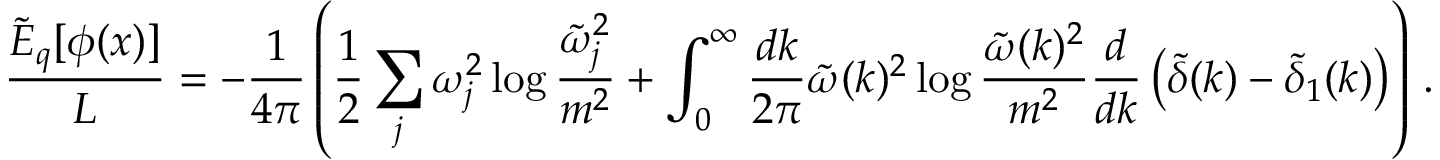
\frac { \tilde { \cal E } _ { q } [ \phi ( x ) ] } { L } = - \frac { 1 } { 4 \pi } \left( \frac { 1 } { 2 } \sum _ { j } \omega _ { j } ^ { 2 } \log \frac { \tilde { \omega } _ { j } ^ { 2 } } { m ^ { 2 } } + \int _ { 0 } ^ { \infty } \frac { d k } { 2 \pi } \tilde { \omega } ( k ) ^ { 2 } \log \frac { \tilde { \omega } ( k ) ^ { 2 } } { m ^ { 2 } } \frac { d } { d k } \left( \tilde { \delta } ( k ) - \tilde { \delta } _ { 1 } ( k ) \right) \right) \, .